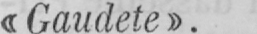
«Gaudete».